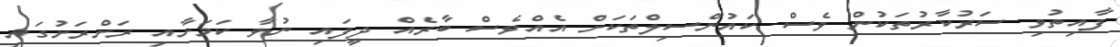
ފާއިތުވި ސަރުކާރުތަކުން ވެސް ކައުންސިލްތަކަށް އެއްވެސް ބާރެއް ދީފައި ނުވާ ކަމަށާއި ރަށްރަށުގައި